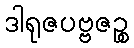
ဒါရုဇပဗ္ဗဇဉ္စ